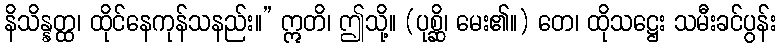
နိသိန္နတ္ထ၊ ထိုင်နေကုန်သနည်း။” ဣတိ၊ ဤသို့။ (ပုစ္ဆိ၊ မေး၏။) တေ၊ ထိုသဋ္ဌေး သမီးခင်ပွန်း